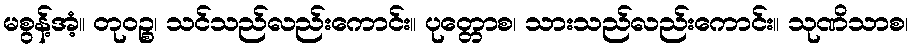
မစွန့်အံ့။ တုဝဉ္စ၊ သင်သည်လည်းကောင်း။ ပုတ္တောစ၊ သားသည်လည်းကောင်း။ သုဏိသာစ၊